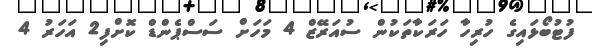
ފުޓުބޯޅައިގެ ހުރިހާ ހަރަކާތަކުން ސުއަރޭޒް 4 މަހަށް ސަސްޕެންޑް ކޮށްފި2 އަހަރު 4